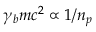
\gamma _ { b } m c ^ { 2 } \propto 1 / n _ { p }